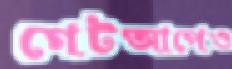
গেটআপেও